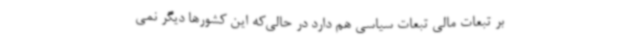
بر تبعات مالی تبعات سیاسی هم دارد در حالی‌که این کشورها دیگر نمی‌